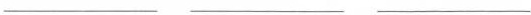
___ ___ ___